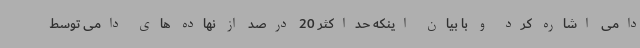
دامی اشاره کرد و با بیان اینکه حداکثر 20 درصد از نهاده های دامی توسط